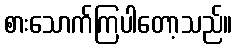
စားသောက်ကြပါတော့သည်။